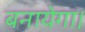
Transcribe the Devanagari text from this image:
बनायेगा।